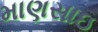
માણસાઇ